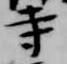
寺